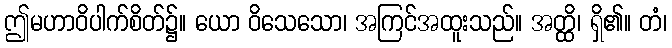
ဤမဟာဝိပါက်စိတ်၌။ ယော ဝိသေသော၊ အကြင်အထူးသည်။ အတ္ထိ၊ ရှိ၏။ တံ၊